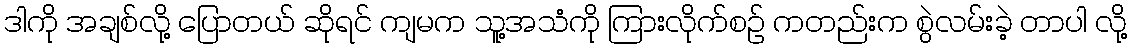
ဒါကို အချစ်လို့ ပြောတယ် ဆိုရင် ကျမက သူ့အသံကို ကြားလိုက်စဉ် ကတည်းက စွဲလမ်းခဲ့ တာပါ လို့